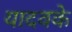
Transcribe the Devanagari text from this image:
यादवके